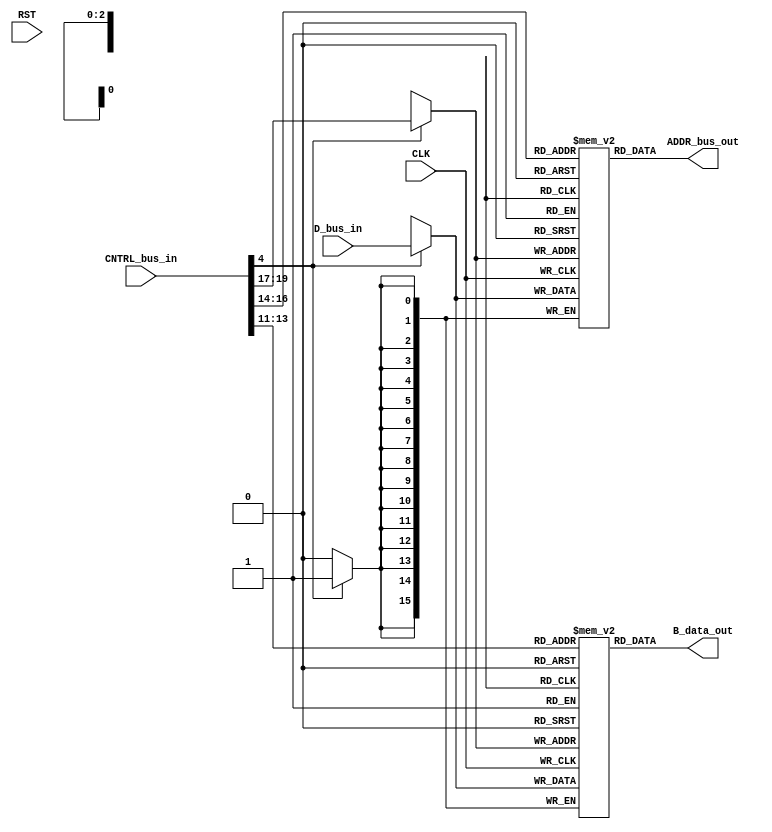
module Computer_Datapath_RegisterFile_1(
	output reg [WORD_WIDTH-1:0] ADDR_bus_out,
	output reg [WORD_WIDTH-1:0] B_data_out,
	input [CNTRL_WIDTH-1:0] CNTRL_bus_in,
	input [WORD_WIDTH-1:0] D_bus_in,
	input CLK,
	input RST
	);
parameter WORD_WIDTH = 16;
parameter DR_WIDTH = 3;
parameter SB_WIDTH = DR_WIDTH;
parameter SA_WIDTH = DR_WIDTH;
parameter OPCODE_WIDTH = 7;
parameter CNTRL_WIDTH = DR_WIDTH+SB_WIDTH+SA_WIDTH+11;
parameter COUNTER_WIDTH = 4;
wire RW = CNTRL_bus_in[4];
wire [SA_WIDTH-1:0] DA = CNTRL_bus_in[19:17];
wire [SA_WIDTH-1:0] AA = CNTRL_bus_in[16:14];
wire [SA_WIDTH-1:0] BA = CNTRL_bus_in[13:11];
reg [WORD_WIDTH-1:0] SYNC_RAM0 [2**DR_WIDTH-1:0];
reg [WORD_WIDTH-1:0] SYNC_RAM1 [2**DR_WIDTH-1:0];
reg [DR_WIDTH-1:0] i;
always@(posedge CLK) begin
	if(RW) begin
		SYNC_RAM0[DA] <= D_bus_in;
		SYNC_RAM1[DA] <= D_bus_in;
	end
end
always@(*) begin
	ADDR_bus_out <= SYNC_RAM0[AA];
	B_data_out <= SYNC_RAM1[BA];
end
endmodule